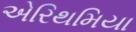
એરિથમિયા